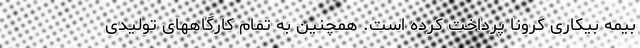
بیمه بیکاری کرونا پرداخت کرده است. همچنین به تمام کارگاههای تولیدی